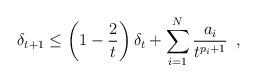
LaTeX: \begin{align*} \delta_{t+1} \leq \left(1 - \frac{2}{t} \right)\delta_{t} + \sum_{i=1}^{N}\frac{a_{i}}{t^{p_{i}+1}}\enspace, \end{align*}